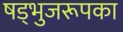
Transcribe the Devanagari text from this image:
षड्भुजरूपका